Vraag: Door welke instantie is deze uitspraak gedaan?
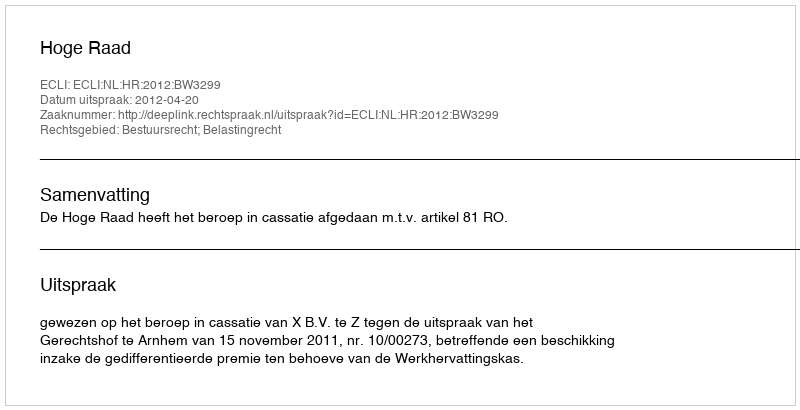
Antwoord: Hoge Raad